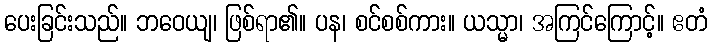
ပေးခြင်းသည်။ ဘဝေယျ၊ ဖြစ်ရာ၏။ ပန၊ စင်စစ်ကား။ ယသ္မာ၊ အကြင်ကြောင့်။ ဧတံ